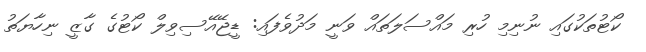
ކޯޓުތަކުގައި ނުނިމި ހުރި މައްސަލަތައް ވަނީ މަދުވެފައި: ޑީޖޭއޭސިވިލް ކޯޓުގެ ގާޒީ ނިހާޔަތު